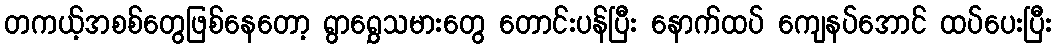
တကယ့်အစစ်တွေဖြစ်နေတော့ ရွာရွှေသမားတွေ တောင်းပန်ပြီး နောက်ထပ် ကျေနပ်အောင် ထပ်ပေးပြီး